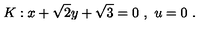
K : x + \sqrt { 2 } y + \sqrt { 3 } = 0 \ , \ u = 0 \ .